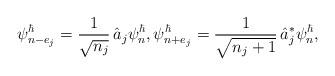
LaTeX: \begin{align*} \psi^{\hbar}_{n - e_{j}} = \frac{1}{\sqrt{n_{j}}}\, \hat{a}_{j} \psi^{\hbar}_{n}, \psi^{\hbar}_{n + e_{j}} = \frac{1}{\sqrt{n_{j} + 1}}\, \hat{a}^{*}_{j} \psi^{\hbar}_{n},\end{align*}